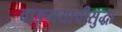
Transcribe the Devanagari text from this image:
वाङ्मयाचीसुद्धा